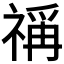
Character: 𰨋